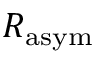
R _ { \mathrm { a s y m } }